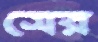
সের